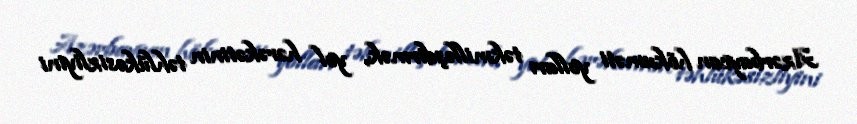
Azərbaycan hökuməti yolları təkmilləşdirmək, yol hərəkətinin təhlükəsizliyini